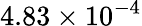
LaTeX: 4.83\times 10^{-4}